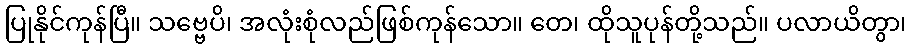
ပြုနိုင်ကုန်ပြီ။ သဗ္ဗေပိ၊ အလုံးစုံလည်ဖြစ်ကုန်သော။ တေ၊ ထိုသူပုန်တို့သည်။ ပလာယိတွာ၊